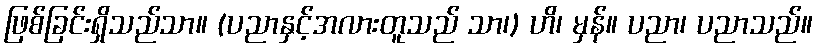
ဖြစ်ခြင်းရှိသည်သာ။ (ပညာနှင့်အလားတူသည် သာ၊) ဟိ၊ မှန်။ ပညာ၊ ပညာသည်။